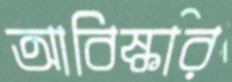
আবিষ্কার